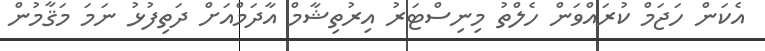
އެކަން ހަޖަމް ކުރައްވަން ހެލްތު މިނިސްޓަރު އިރުތިޝާމް އާދަމްއަށް ދަތިފުޅު ނަމަ މަޤާމުން